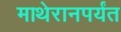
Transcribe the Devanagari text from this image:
माथेरानपर्यंत